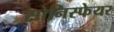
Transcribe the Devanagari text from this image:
सोनिस्फेयर